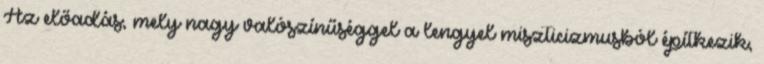
Az előadás, mely nagy valószínűséggel a lengyel miszticizmusból építkezik,